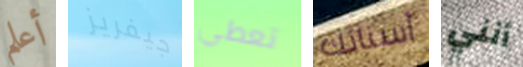
أعلم جيفريز تعطي أسنانك أنني